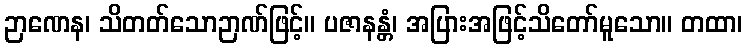
ဉာဏေန၊ သိတတ်သောဉာဏ်ဖြင့်။ ပဇာနန္တံ၊ အပြားအဖြင့်သိတော်မူသော။ တထာ၊